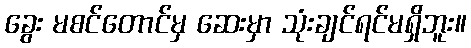
ခွေး မစင်တောင်မှ ဆေးမှာ သုံးချင်ရင်မရှိဘူး။